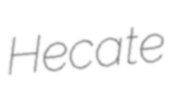
Hecate